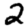
Digit: 2